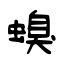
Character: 螑